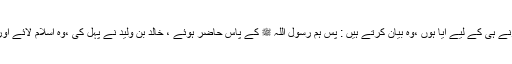
عَمر وبن عاصؓ بیان کرتے ہیں : میں نے کہا: میں بھی اسلام قبول کرنے ہی کے لیے آیا ہوں ،وہ بیان کرتے ہیں : پس ہم رسول اللہ ﷺ کے پاس حاضر ہوئے ، خالد بن ولید نے پہل کی ،وہ اسلام لائے اور بیعت کی ، پھر میں قریب ہوا ، میں نے عرض کیا: یارسول اللہ ﷺ!